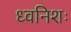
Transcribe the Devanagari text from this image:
ध्वनिशः